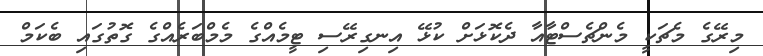
މިރޭގެ މެޗަކީ މެންޗެސްޓާއާ ދެކޮޅަށް ކުޅޭ އިނގިރޭސި ޓީމެއްގެ މެމްބަރެއްގެ ގޮތުގައި ބެކަމް